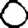
Digit: 0